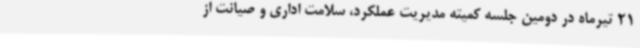
21 تیرماه در دومین جلسه کمیته مدیریت عملکرد، سلامت اداری و صیانت از